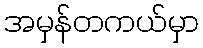
အမှန်တကယ်မှာ